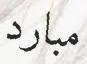
مبارد